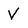
Character: V